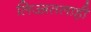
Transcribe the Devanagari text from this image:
लिज्जतलाही